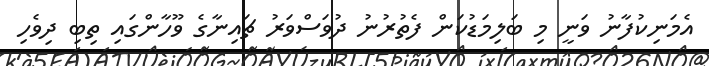
އެމަނިކުފާނު ވަނީ މި ބަލިމަޑުކަން ފެތުރުނު ދުވަސްވަރު ޗައިނާގެ ވޫހާންގައި ތިބި ދިވެހި